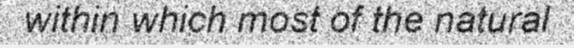
within which most of the natural